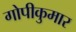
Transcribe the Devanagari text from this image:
गोपीकुमार